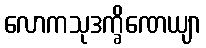
လောကသုဒက္ခိဏေယျာ